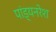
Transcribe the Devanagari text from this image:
पांड्यनरेश